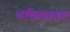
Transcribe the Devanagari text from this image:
भक्तिपरंपरा